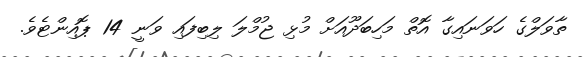
ތާވަލްގެ ހަވަނައިގާ އޮތް މަހިބަދޫއަށް މުޅި ޖުމްލަ ލިބިފައި ވަނީ 14 ޕޮއިންޓެވެ.